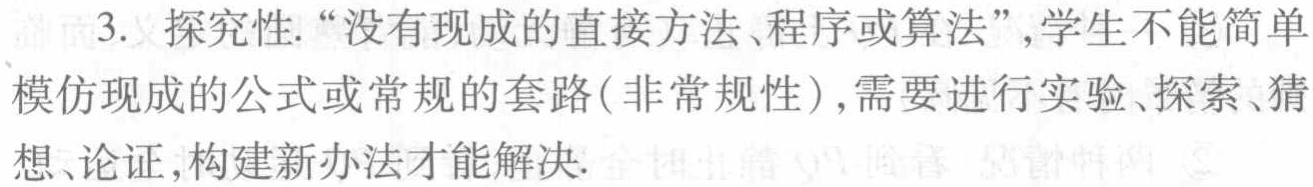
3. 探究性. “没有现成的直接方法、程序或算法”, 学生不能简单模仿现成的公式或常规的套路(非常规性),需要进行实验、探索、猜想、论证,构建新办法才能解决.